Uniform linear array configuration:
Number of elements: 4
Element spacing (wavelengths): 0.5
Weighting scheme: binomial
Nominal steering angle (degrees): -45
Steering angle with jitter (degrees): -45.29
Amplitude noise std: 0.05
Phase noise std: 0.05

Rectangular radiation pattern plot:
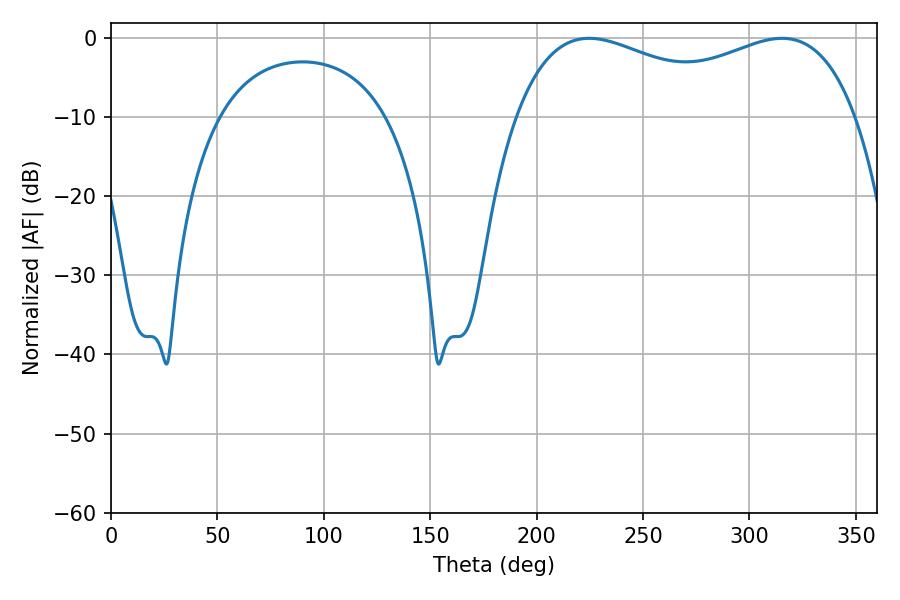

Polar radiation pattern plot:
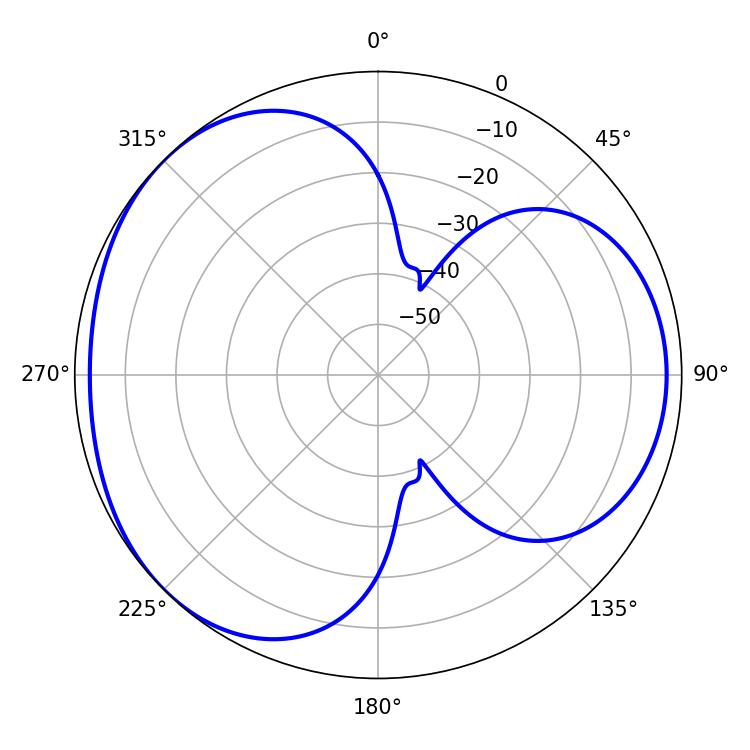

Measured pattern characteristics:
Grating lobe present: FALSE
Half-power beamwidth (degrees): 132.12
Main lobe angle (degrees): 224.64